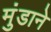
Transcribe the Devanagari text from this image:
मुंडाने